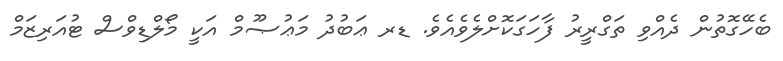
ބެހޭގޮތުން ދެއްވި ތަގްރީރު ފާހަގަކޮށްލެވެއެވެ. ޑރ ޢަބުދު މަޢުޞޫމް އަކީ މޯލްޑިވްސް ޓުއަރިޒަމް